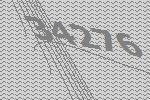
34276